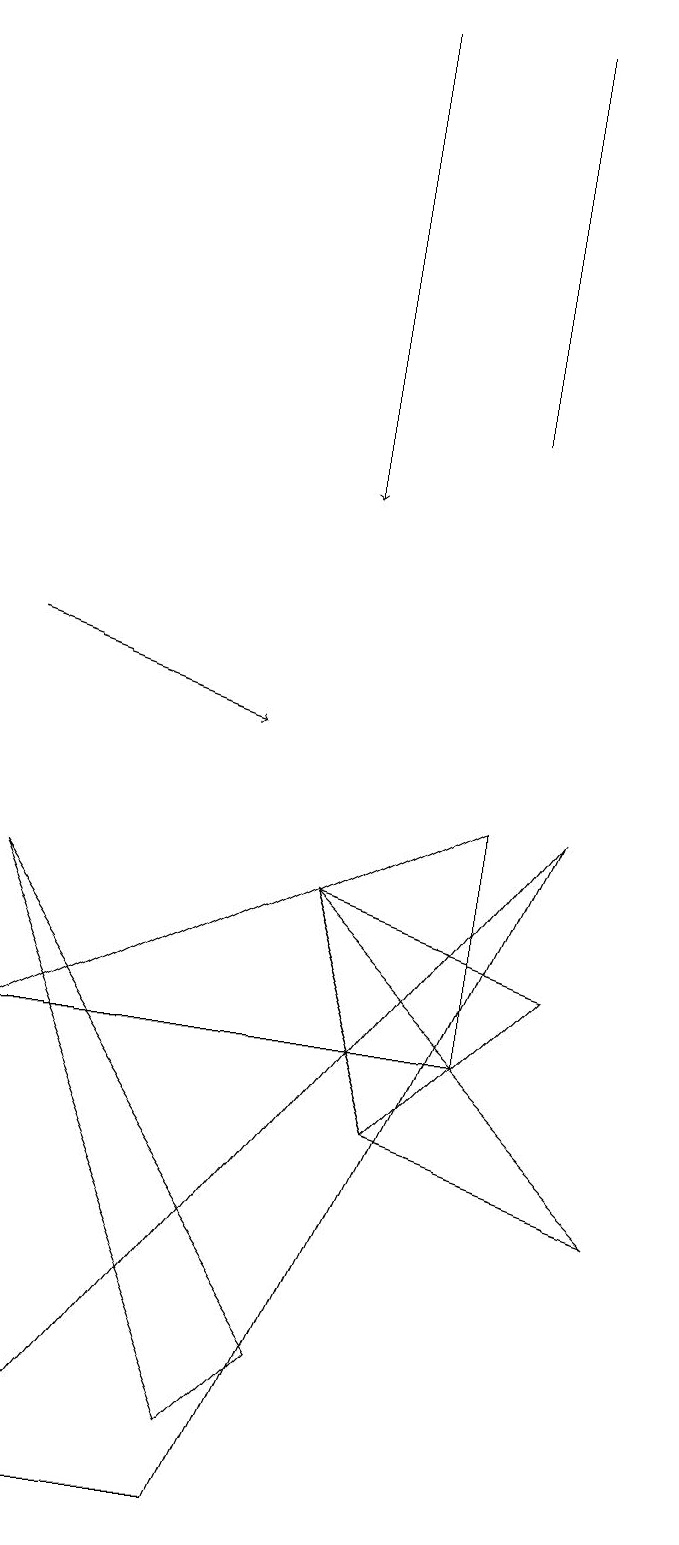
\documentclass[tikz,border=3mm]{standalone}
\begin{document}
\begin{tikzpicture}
\draw (6,5) -- (8,7) -- (5,8) -- cycle;
\draw (1,8) -- (4,1) -- (5,2) -- cycle;
\draw (7,6) -- (7,9) -- (1,6) -- cycle;
\draw[->] (1,11) -- (4,10);
\draw[->] (5,19) -- (5,13);
\draw (7,19) rectangle (7,14);
\draw (1,0) -- (8,9) -- (4,0) -- cycle;
\draw (6,5) -- (9,4) -- (5,8) -- cycle;
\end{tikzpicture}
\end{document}